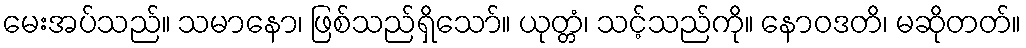
မေးအပ်သည်။ သမာနော၊ ဖြစ်သည်ရှိသော်။ ယုတ္တံ၊ သင့်သည်ကို။ နောဝဒတိ၊ မဆိုတတ်။